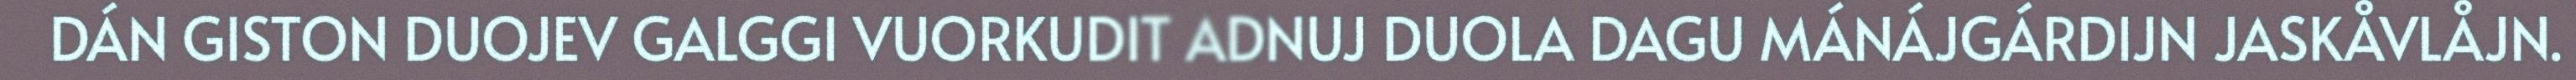
DÁN GISTON DUOJEV GALGGI VUORKUDIT ADNUJ DUOLA DAGU MÁNÁJGÁRDIJN JASKÅVLÅJN.